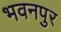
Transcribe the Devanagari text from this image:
भवनपुर